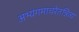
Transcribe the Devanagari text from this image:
अभ्यंगमाचरेतन्नित्यं